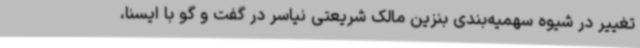
تغییر در شیوه سهمیه‌بندی بنزین مالک شریعتی نیاسر در گفت و گو با ایسنا،